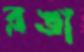
রঙা